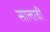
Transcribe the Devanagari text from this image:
सालावीं